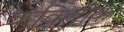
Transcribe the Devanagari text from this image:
कविलोक